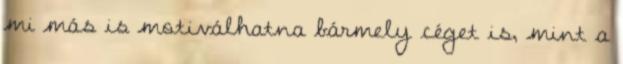
mi más is motiválhatna bármely céget is, mint a